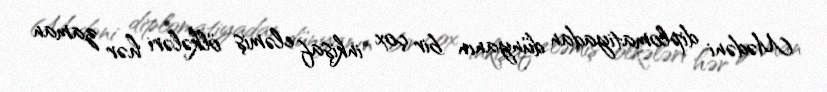
Mədəni diplomatiyadan dünyanın bir çox inkişaf eləmiş ölkələri hər zaman